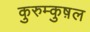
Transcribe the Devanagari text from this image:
कुरुम्कुष़ल